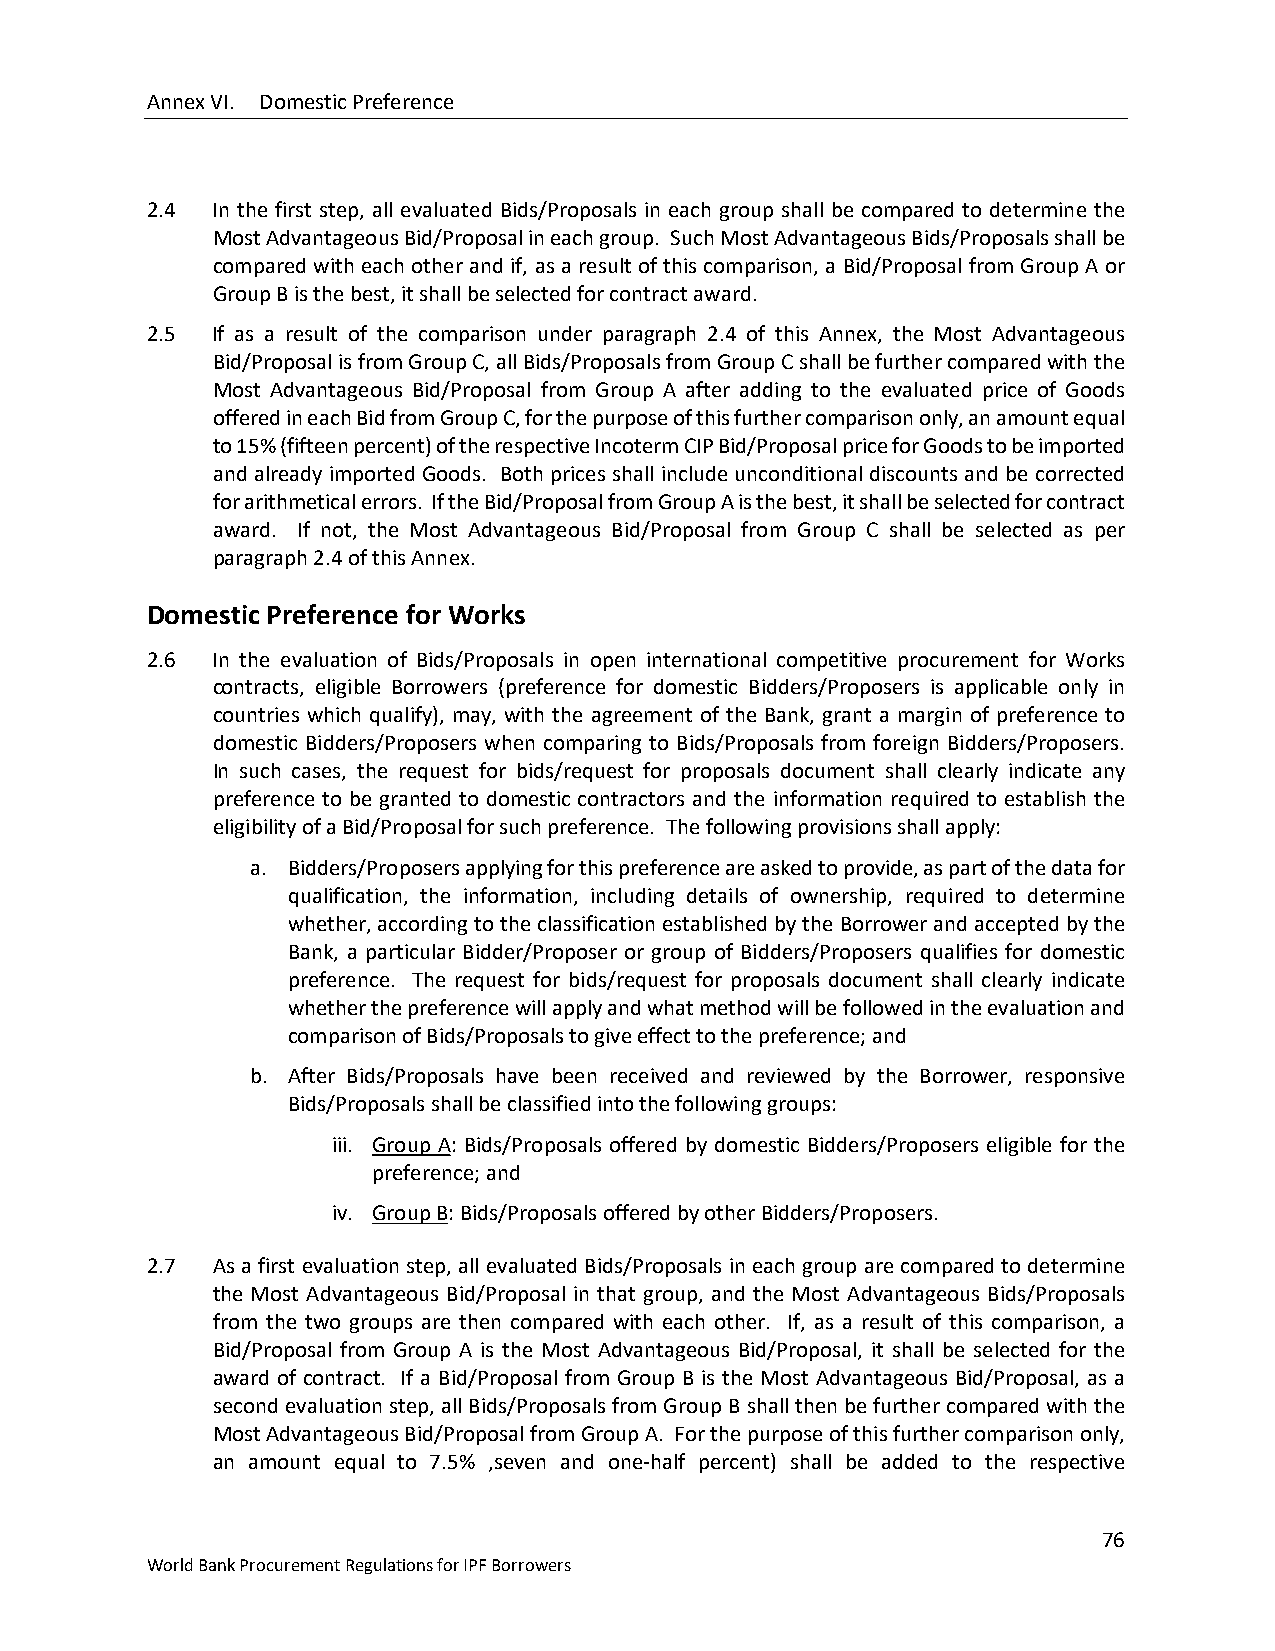
Annex VI. Domestic Preference
 2.4 In the first step, all evaluated Bids/Proposals in each group shall be compared to determine the
 Most Advantageous Bid/Proposal in each group. Such Most Advantageous Bids/Proposals shall be
 compared with each other and if, as a result of this comparison, a Bid/Proposal from Group A or
 Group B is the best, it shall be selected for contract award.
 2.5 If as a result of the comparison under paragraph 2.4 of this Annex, the Most Advantageous
 Bid/Proposal is from Group C, all Bids/Proposals from Group C shall be further compared with the
 Most Advantageous Bid/Proposal from Group A after adding to the evaluated price of Goods
 offered in each Bid from Group C, for the purpose of this further comparison only, an amount equal
 to 15% (fifteen percent) of the respective Incoterm CIP Bid/Proposal price for Goods to be imported
 and already imported Goods. Both prices shall include unconditional discounts and be corrected
 for arithmetical errors. If the Bid/Proposal from Group A is the best, it shall be selected for contract
 award. If not, the Most Advantageous Bid/Proposal from Group C shall be selected as per
 paragraph 2.4 of this Annex.
 Domestic Preference for Works
 2.6 In the evaluation of Bids/Proposals in open international competitive procurement for Works
 contracts, eligible Borrowers (preference for domestic Bidders/Proposers is applicable only in
 countries which qualify), may, with the agreement of the Bank, grant a margin of preference to
 domestic Bidders/Proposers when comparing to Bids/Proposals from foreign Bidders/Proposers.
 In such cases, the request for bids/request for proposals document shall clearly indicate any
 preference to be granted to domestic contractors and the information required to establish the
 eligibility of a Bid/Proposal for such preference. The following provisions shall apply:
 a. Bidders/Proposers applying for this preference are asked to provide, as part of the data for
 qualification, the information, including details of ownership, required to determine
 whether, according to the classification established by the Borrower and accepted by the
 Bank, a particular Bidder/Proposer or group of Bidders/Proposers qualifies for domestic
 preference. The request for bids/request for proposals document shall clearly indicate
 whether the preference will apply and what method will be followed in the evaluation and
 comparison of Bids/Proposals to give effect to the preference; and
 b. After Bids/Proposals have been received and reviewed by the Borrower, responsive
 Bids/Proposals shall be classified into the following groups:
 iii. Group A: Bids/Proposals offered by domestic Bidders/Proposers eligible for the
 preference; and
 iv. Group B: Bids/Proposals offered by other Bidders/Proposers.
 2.7 As a first evaluation step, all evaluated Bids/Proposals in each group are compared to determine
 the Most Advantageous Bid/Proposal in that group, and the Most Advantageous Bids/Proposals
 from the two groups are then compared with each other. If, as a result of this comparison, a
 Bid/Proposal from Group A is the Most Advantageous Bid/Proposal, it shall be selected for the
 award of contract. If a Bid/Proposal from Group B is the Most Advantageous Bid/Proposal, as a
 second evaluation step, all Bids/Proposals from Group B shall then be further compared with the
 Most Advantageous Bid/Proposal from Group A. For the purpose of this further comparison only,
 an amount equal to 7.5% ,seven and one-half percent) shall be added to the respective
 76
 World Bank Procurement Regulations for IPF Borrowers